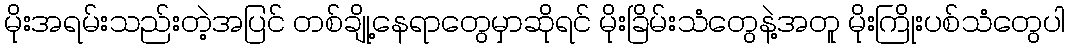
မိုးအရမ်းသည်းတဲ့အပြင် တစ်ချို့နေရာတွေမှာဆိုရင် မိုးခြိမ်းသံတွေနဲ့အတူ မိုးကြိုးပစ်သံတွေပါ